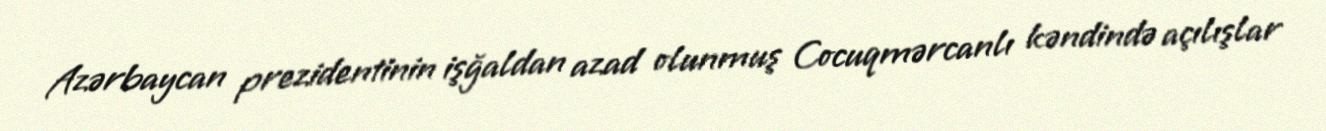
Azərbaycan prezidentinin işğaldan azad olunmuş Cocuqmərcanlı kəndində açılışlar